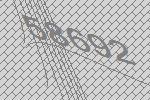
58692